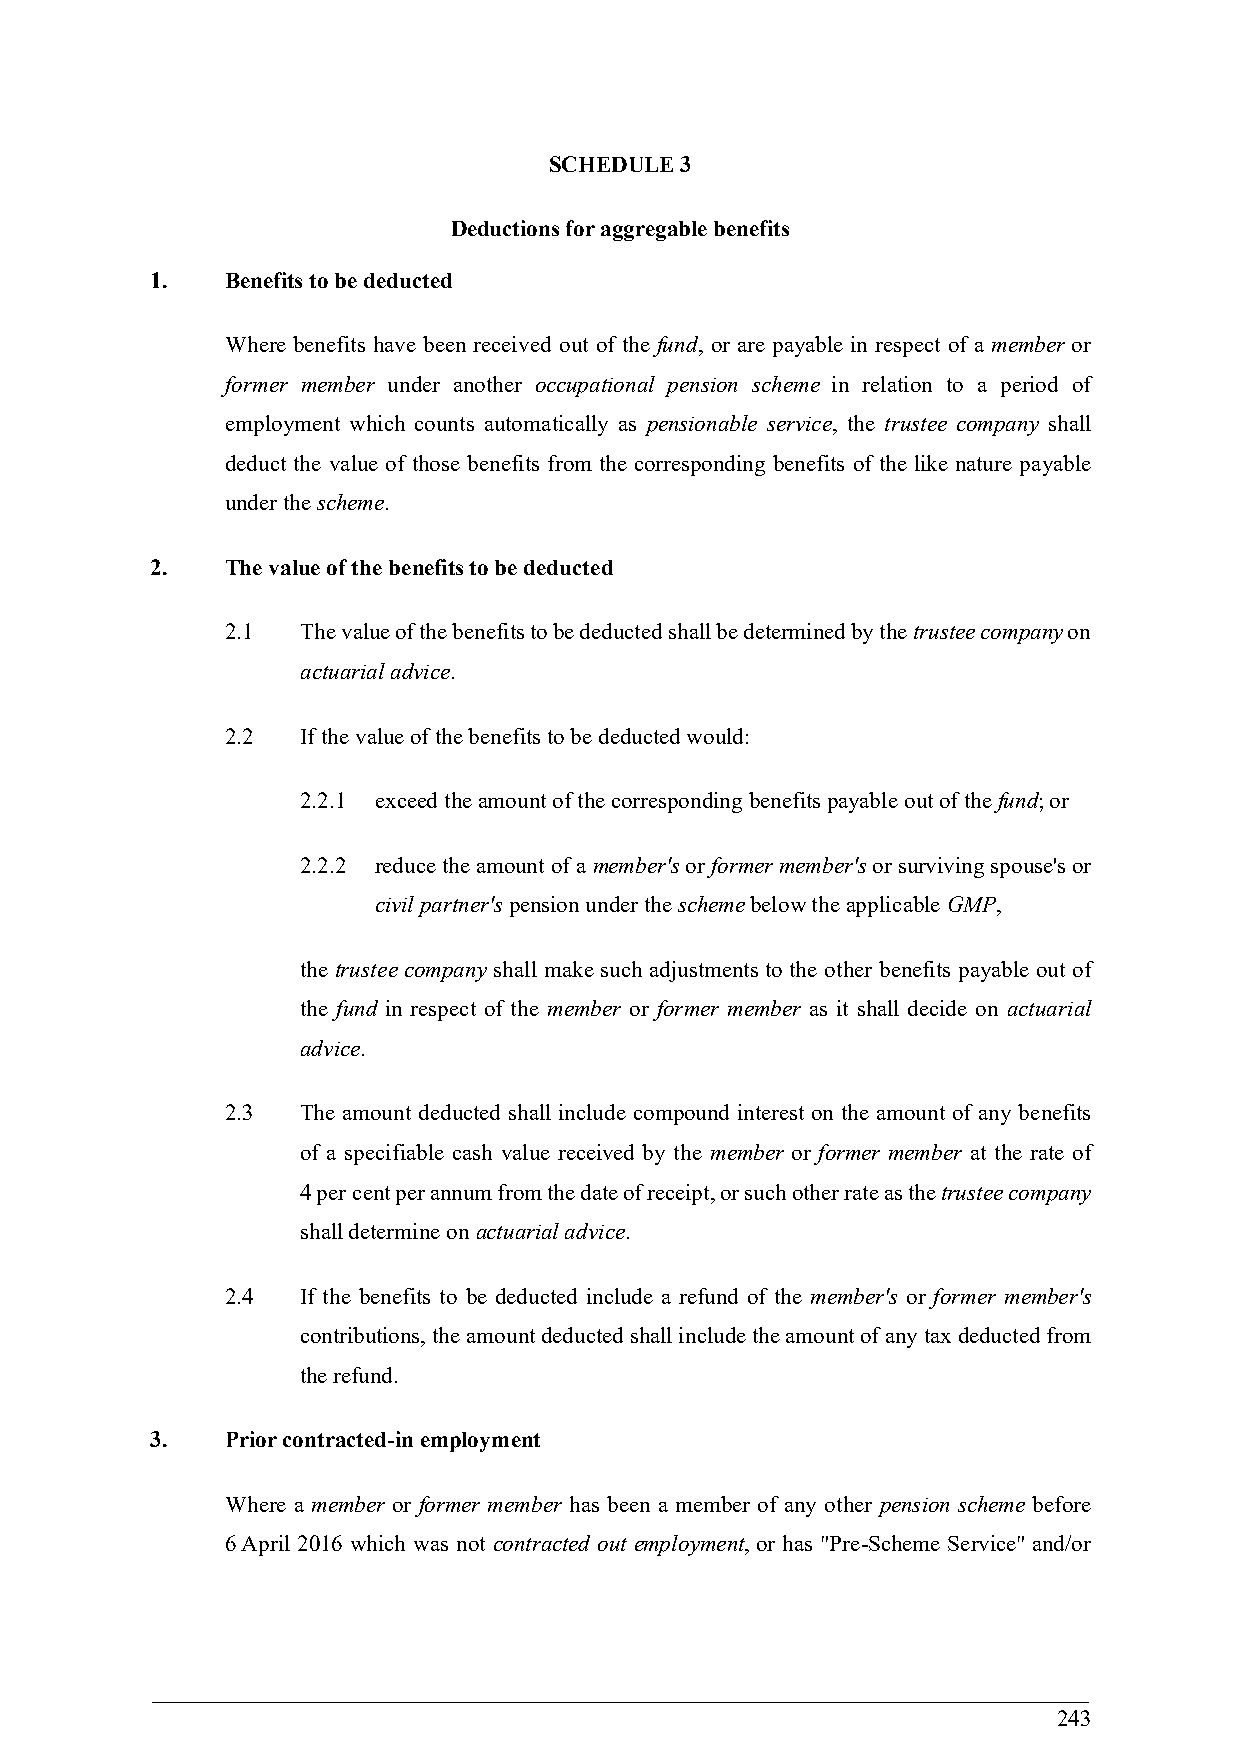
SCHEDULE 3
 Deductions for aggregable benefits
 1.   Benefits to be deducted
 Where benefits have been received out of the fund, or are payable in respect of a member or
 former member under another occupational pension scheme in relation to a period of
 employment which counts automatically as pensionable service, the trustee company shall
 deduct the value of those benefits from the corresponding benefits of the like nature payable
 under the scheme.
 2.   The value of the benefits to be deducted
 2.1  The value of the benefits to be deducted shall be determined by the trustee company on
 actuarial advice.
 2.2  If the value of the benefits to be deducted would:
 2.2.1 exceed the amount of the corresponding benefits payable out of the fund; or
 2.2.2 reduce the amount of a member's or former member's or surviving spouse's or
 civil partner's pension under the scheme below the applicable GMP,
 the trustee company shall make such adjustments to the other benefits payable out of
 the fund in respect of the member or former member as it shall decide on actuarial
 advice.
 2.3  The amount deducted shall include compound interest on the amount of any benefits
 of a specifiable cash value received by the member or former member at the rate of
 4 per cent per annum from the date of receipt, or such other rate as the trustee company
 shall determine on actuarial advice.
 2.4  If the benefits to be deducted include a refund of the member's or former member's
 contributions, the amount deducted shall include the amount of any tax deducted from
 the refund.
 3.   Prior contracted-in employment
 Where a member or former member has been a member of any other pension scheme before
 6 April 2016 which was not contracted out employment, or has "Pre-Scheme Service" and/or
 243